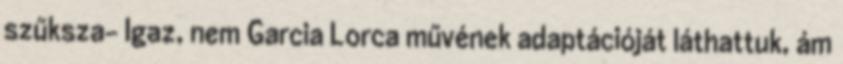
szűksza- Igaz, nem Garcia Lorca művének adaptációját láthattuk, ám